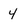
Character: 4